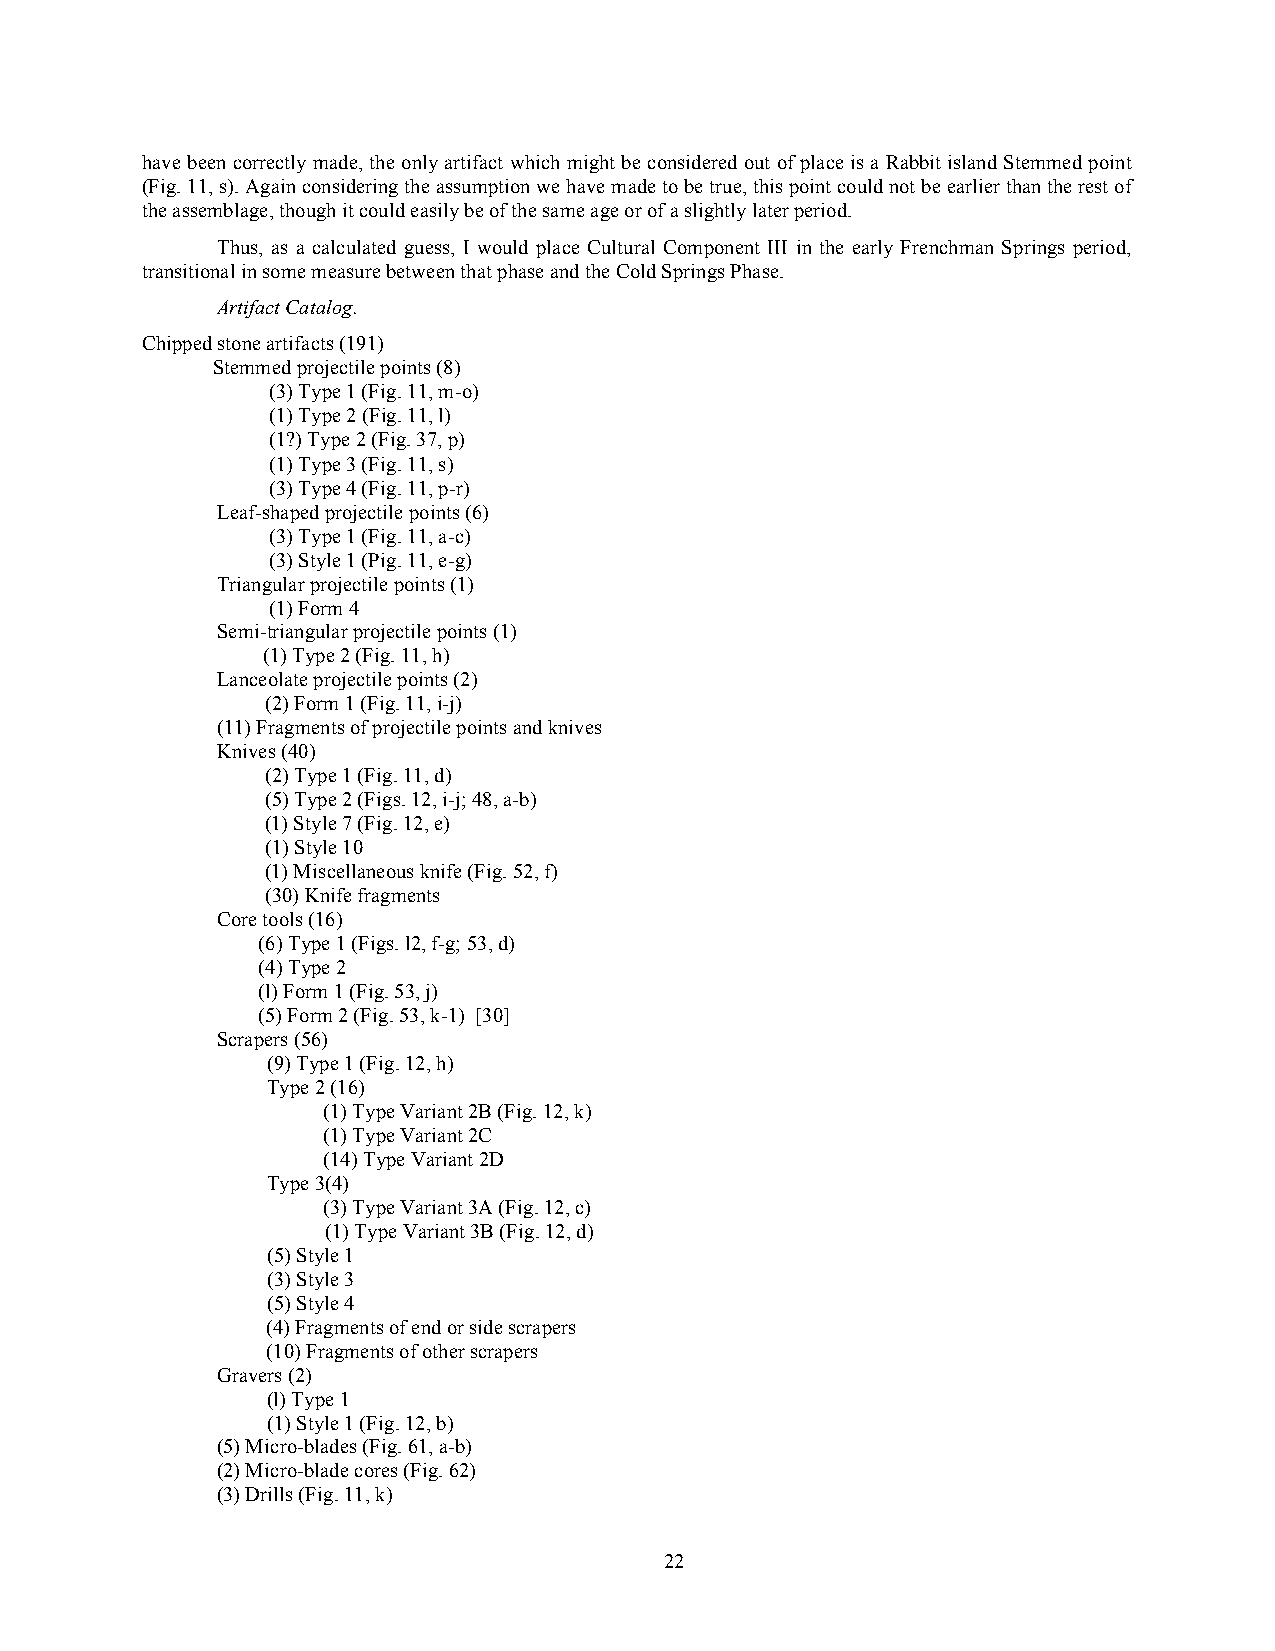
have been correctly made, the only artifact which might be considered out of place is a Rabbit island Stemmed point
 (Fig. 11, s). Again considering the assumption we have made to be true, this point could not be earlier than the rest of
 the assemblage, though it could easily be of the same age or of a slightly later period.
 Thus, as a calculated guess, I would place Cultural Component III in the early Frenchman Springs period,
 transitional in some measure between that phase and the Cold Springs Phase.
 Artifact Catalog.
 Chipped stone artifacts (191)
 Stemmed projectile points (8)
 (3) Type 1 (Fig. 11, m-o)
 (1) Type 2 (Fig. 11, l)
 (1?) Type 2 (Fig. 37, p)
 (1) Type 3 (Fig. 11, s)
 (3) Type 4 (Fig. 11, p-r)
 Leaf-shaped projectile points (6)
 (3) Type 1 (Fig. 11, a-c)
 (3) Style 1 (Pig. 11, e-g)
 Triangular projectile points (1)
 (1) Form 4
 Semi-triangular projectile points (1)
 (1) Type 2 (Fig. 11, h)
 Lanceolate projectile points (2)
 (2) Form 1 (Fig. 11, i-j)
 (11) Fragments of projectile points and knives
 Knives (40)
 (2) Type 1 (Fig. 11, d)
 (5) Type 2 (Figs. 12, i-j; 48, a-b)
 (1) Style 7 (Fig. 12, e)
 (1) Style 10
 (1) Miscellaneous knife (Fig. 52, f)
 (30) Knife fragments
 Core tools (16)
 (6) Type 1 (Figs. l2, f-g; 53, d)
 (4) Type 2
 (l) Form 1 (Fig. 53, j)
 (5) Form 2 (Fig. 53, k-1) [30]
 Scrapers (56)
 (9) Type 1 (Fig. 12, h)
 Type 2 (16)
 (1) Type Variant 2B (Fig. 12, k)
 (1) Type Variant 2C
 (14) Type Variant 2D
 Type 3(4)
 (3) Type Variant 3A (Fig. 12, c)
 (1) Type Variant 3B (Fig. 12, d)
 (5) Style 1
 (3) Style 3
 (5) Style 4
 (4) Fragments of end or side scrapers
 (10) Fragments of other scrapers
 Gravers (2)
 (l) Type 1
 (1) Style 1 (Fig. 12, b)
 (5) Micro-blades (Fig. 61, a-b)
 (2) Micro-blade cores (Fig. 62)
 (3) Drills (Fig. 11, k)
 22